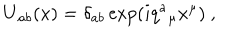
\mathbf { U } _ { a b } ( x ) = \delta _ { a b } \exp \left( i q ^ { a } { } _ { \mu } x ^ { \mu } \right) \ ,